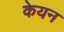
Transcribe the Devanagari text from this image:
केयन